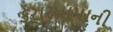
કરારનામાની